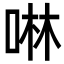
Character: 啉